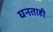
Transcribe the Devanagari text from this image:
घनताही